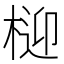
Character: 𭪧